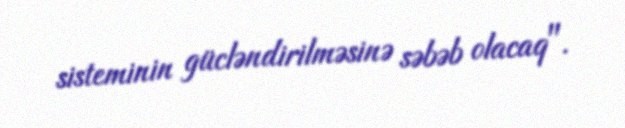
sisteminin gücləndirilməsinə səbəb olacaq".